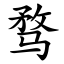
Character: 骛